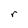
Character: r